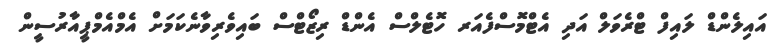
އައިލެންޑް ލައިފް ޓްރެވަލް އަދި އެޓްމޮސްފެއަރ ހޮޓެލްސް އެންޑް ރިޒޯޓްސް ބައިވެރިވާނެކަމަށް އެމްއެމްޕީއާރުސީން